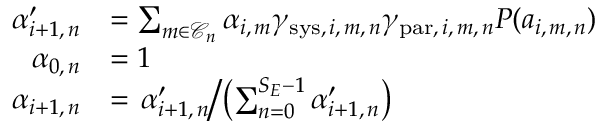
\begin{array} { r l } { \alpha _ { i + 1 , \, n } ^ { \prime } } & { = \sum _ { m \in \mathscr { C } _ { n } } \alpha _ { i , \, m } \gamma _ { \mathrm { s y s } , \, i , \, m , \, n } \gamma _ { \mathrm { p a r } , \, i , \, m , \, n } P ( a _ { i , \, m , \, n } ) } \\ { \alpha _ { 0 , \, n } } & { = 1 } \\ { \alpha _ { i + 1 , \, n } } & { = \left. \alpha _ { i + 1 , \, n } ^ { \prime } \middle / \left( \sum _ { n = 0 } ^ { S _ { E } - 1 } \alpha _ { i + 1 , \, n } ^ { \prime } \right) \right. } \end{array}